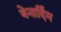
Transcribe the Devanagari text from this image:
बेनार्दिम